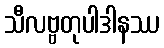
သီလဗ္ဗတုပါဒါနဿ